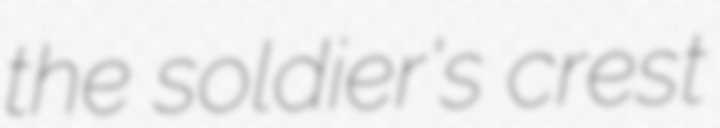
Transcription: the soldier's crest